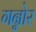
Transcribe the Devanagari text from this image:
गन्नोर